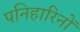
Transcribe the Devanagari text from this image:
पनिहारिनों